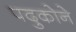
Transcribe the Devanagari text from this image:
पदुकोने